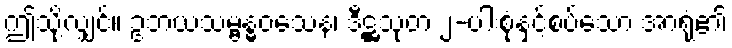
ဤသို့လျှင်။ ဥဘယသမ္ဗန္ဓဝသေန၊ ဒီဋ္ဌသုတ ၂-ပါးစုံနှင့်စပ်သော အာရုံ၏